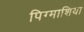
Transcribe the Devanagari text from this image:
पिग्माशिया